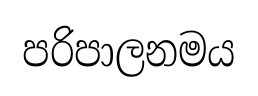
පරිපාලනමය